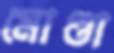
মোণ্ডা